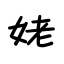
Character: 姥